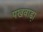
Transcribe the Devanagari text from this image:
पखवाडा़